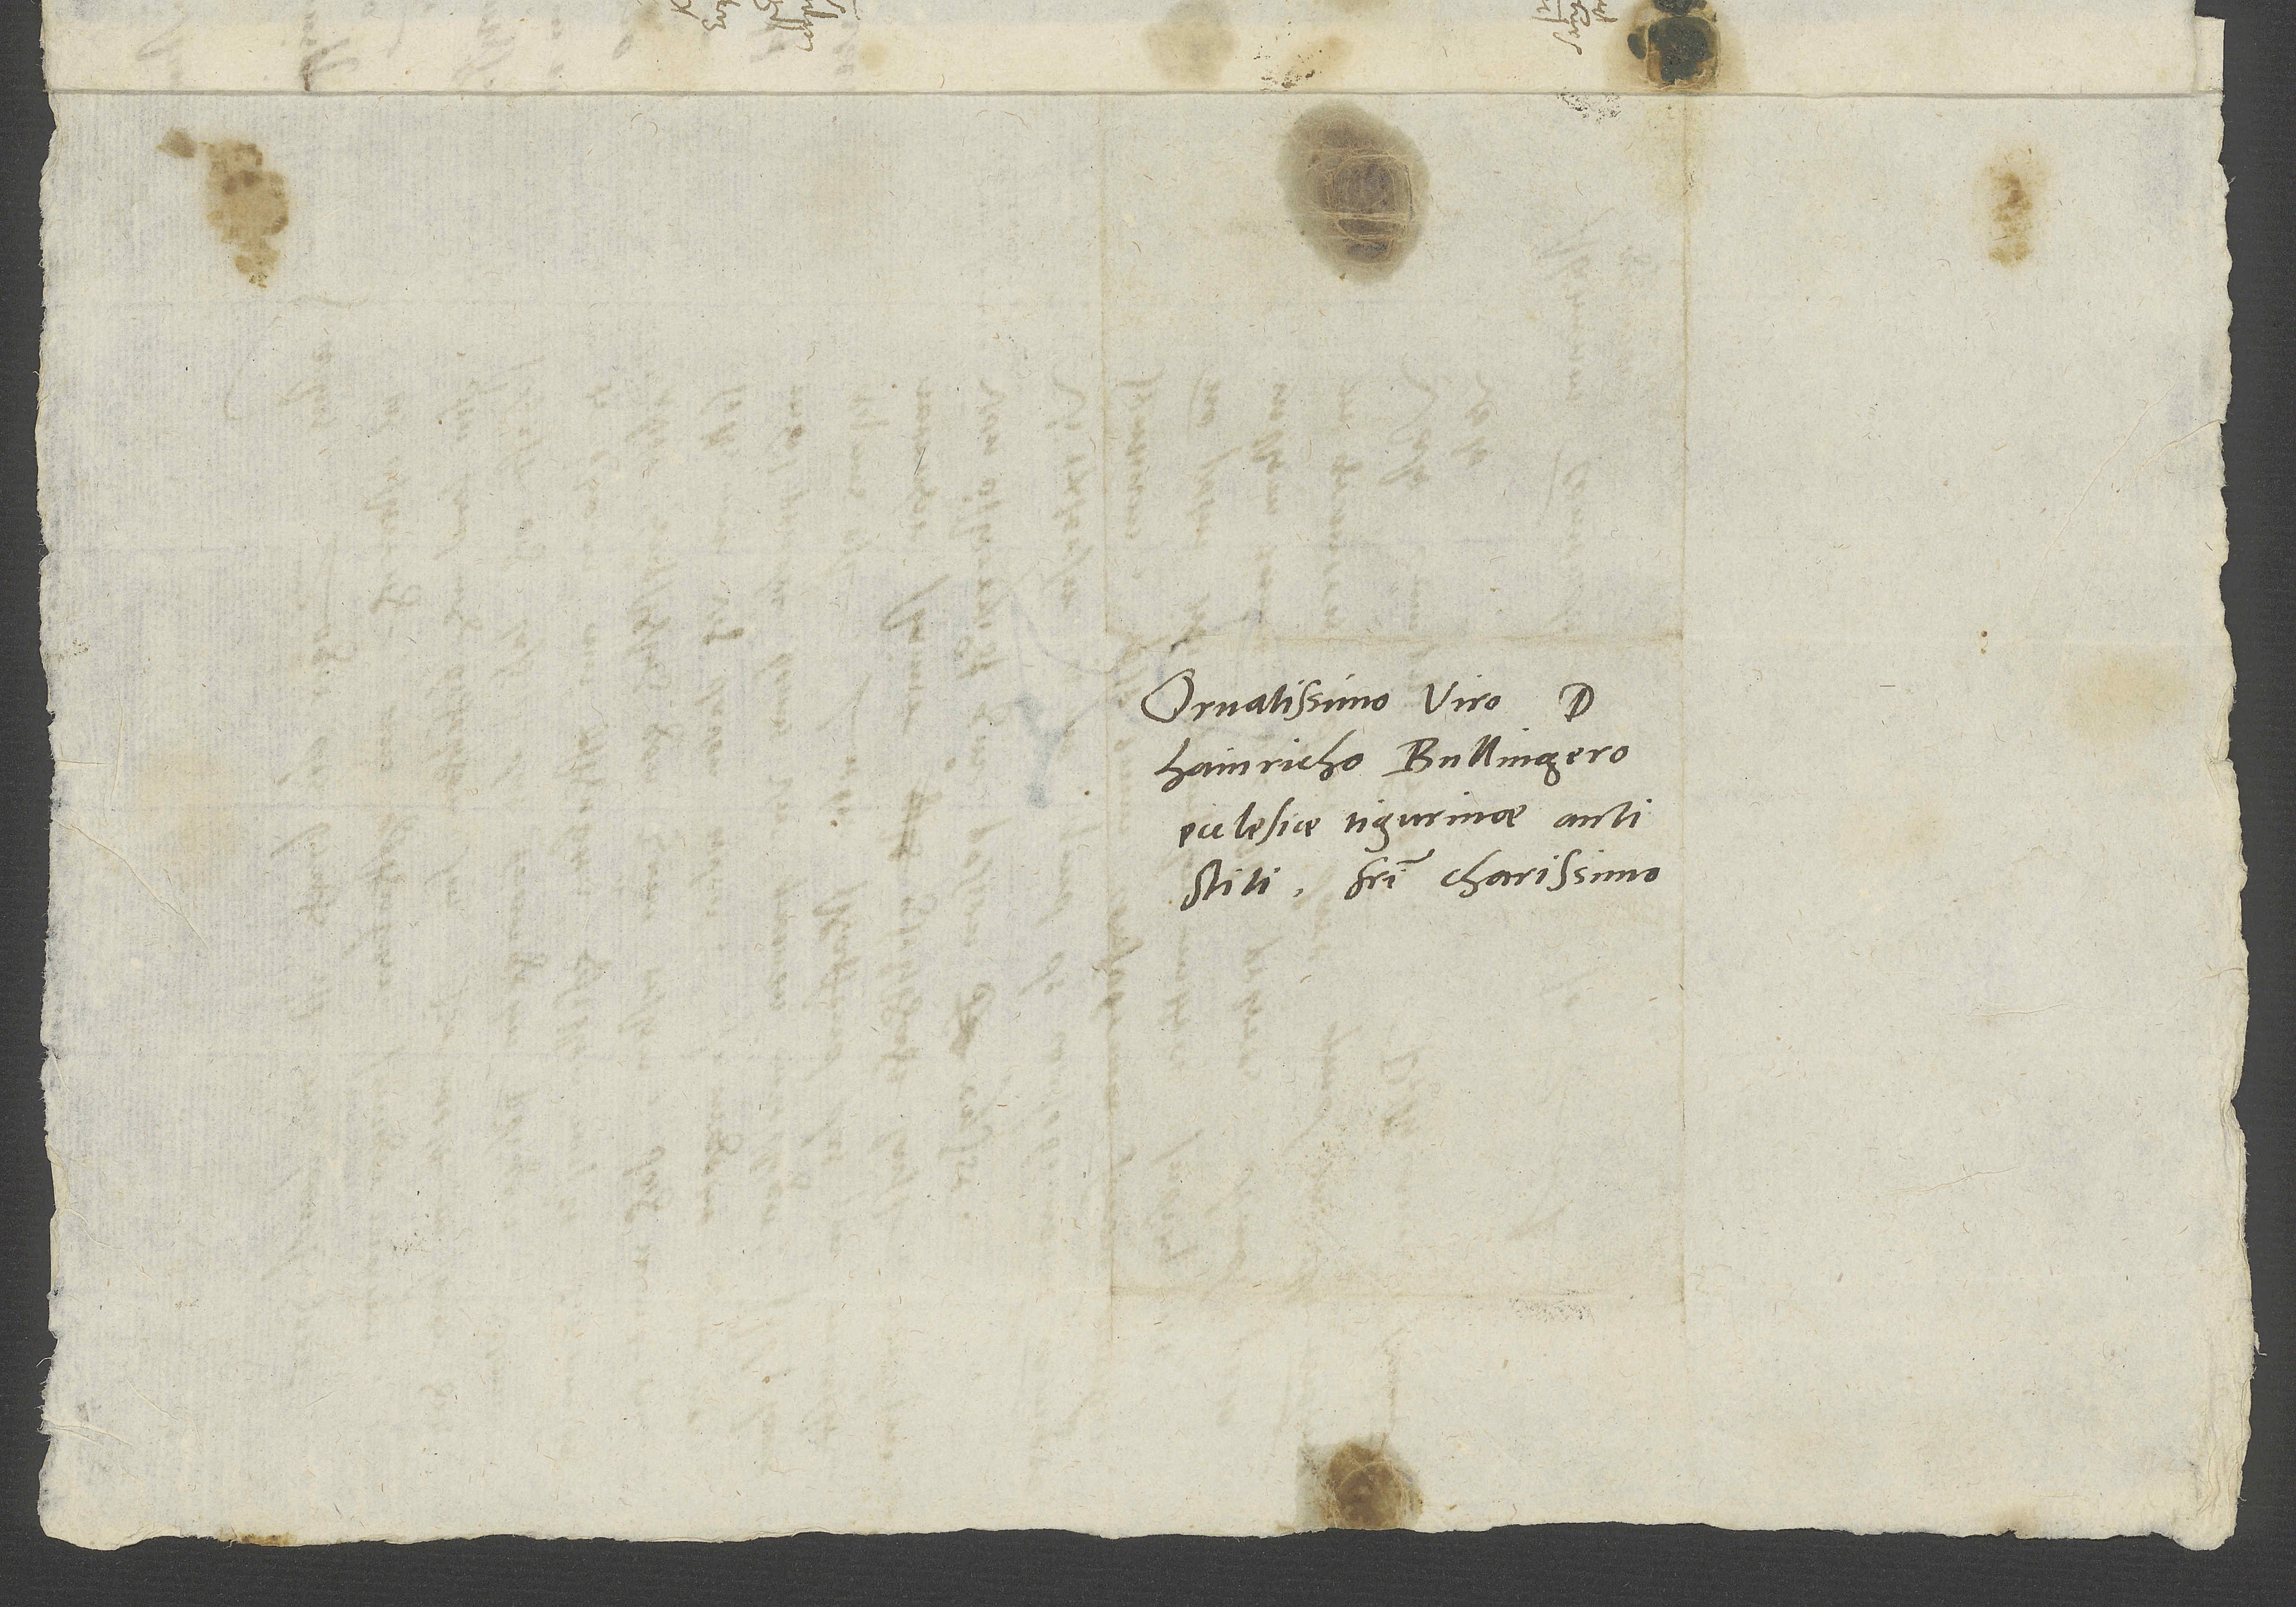
Ornatissimo viro
Hainricho Bullingero,
ecclesiae Tigurinae antistiti,
fratri charissimo.